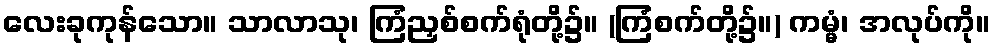
လေးခုကုန်သော။ သာလာသု၊ ကြံညှစ်စက်ရုံတို့၌။ (ကြံစက်တို့၌။) ကမ္မံ၊ အလုပ်ကို။